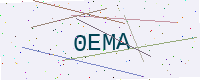
Text: 0EMA